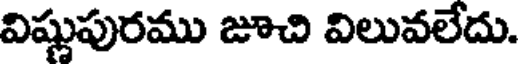
విష్ణుపురము జూచి విలువలేదు.